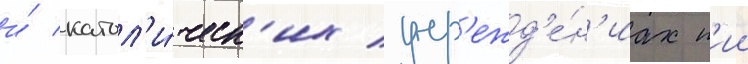
и́ катол'и́ческ'их учр'ежд'е́н'иах п'ии